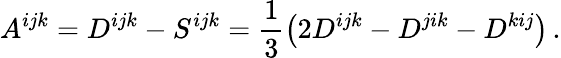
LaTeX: A^{ijk}=D^{ijk}-S^{ijk}=\frac 13\left(2D^{ijk}-D^{jik}-D^{kij}\right)\, .